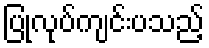
ပြုလုပ်ကျင်းပသည့်